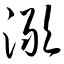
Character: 澉